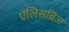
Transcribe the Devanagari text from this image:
एलिसब्रिज